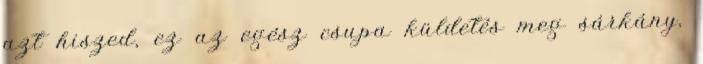
azt hiszed, ez az egész csupa küldetés meg sárkány,